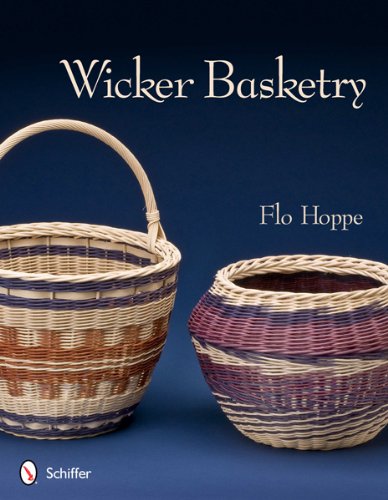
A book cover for Wicker Basketry; Flo Hoppe; Crafts, Hobbies & Home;